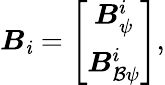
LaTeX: {\boldsymbol{{B}}_{\mathit{i}}}=\left[\begin{array}{c}{{\boldsymbol{{B}}_{\psi}^{i}}}\\ {{\boldsymbol{{B}}_{\mathcal B\psi}^{i}}}\end{array}\right],